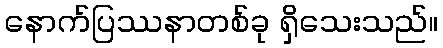
နောက်ပြဿနာတစ်ခု ရှိသေးသည်။